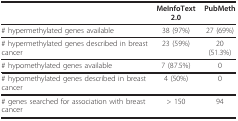
|  | MeInfoText 2.0 | PubMeth |
 | --- | --- | --- |
 | # hypermethylated genes available | 38 (97%) | 27 (69%) |
 | # hypermethylated genes described in breast cancer | 23 (59%) | 20 (51.3%) |
 | # hypomethylated genes available | 7 (87.5%) | 0 |
 | # hypomethylated genes described in breast cancer | 4 (50%) | 0 |
 | # genes searched for association with breast cancer | > 150 | 94 |